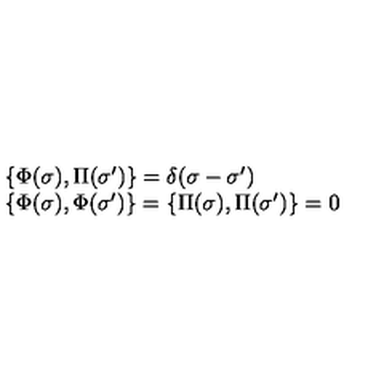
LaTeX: \begin{array} { l l } { \{ \Phi ( \sigma ) , \Pi ( \sigma ^ { \prime } ) \} = \delta ( \sigma - \sigma ^ { \prime } ) } \\ { \{ \Phi ( \sigma ) , \Phi ( \sigma ^ { \prime } ) \} = \{ \Pi ( \sigma ) , \Pi ( \sigma ^ { \prime } ) \} = 0 } \\ \end{array}